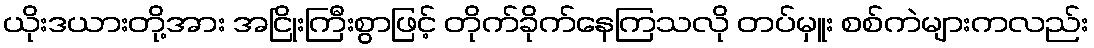
ယိုးဒယားတို့အား အငြိုးကြီးစွာဖြင့် တိုက်ခိုက်နေကြသလို တပ်မှူး စစ်ကဲများကလည်း